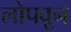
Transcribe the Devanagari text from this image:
लोपवून